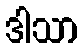
ဒါသာ